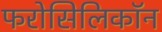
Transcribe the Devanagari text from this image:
फरोसिलिकॉन